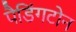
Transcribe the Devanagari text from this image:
पैडिंगटोन